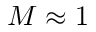
M \approx 1